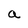
Character: a